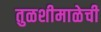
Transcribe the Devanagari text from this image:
तुळशीमाळेची